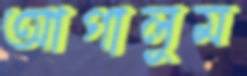
আগালুম